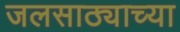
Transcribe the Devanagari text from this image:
जलसाठ्याच्या